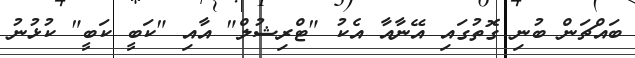
ބައްޗަން ބުނި ގޮތުގައި އޭނާއާ އެކު "ޓްރިޝުލް" އާއި "ކަބީ ކަބީ" ކުޅުނު